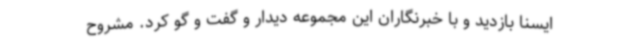
ایسنا بازدید و با خبرنگاران این مجموعه دیدار و گفت و گو کرد. مشروح